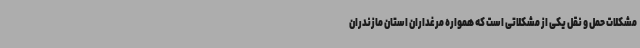
مشکلات حمل و نقل یکی از مشکلاتی است که همواره مرغداران استان مازندران